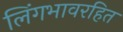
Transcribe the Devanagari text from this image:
लिंगभावरहित